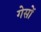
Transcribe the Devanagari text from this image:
गेसों